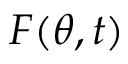
\boldsymbol { F } ( \boldsymbol \theta , t )